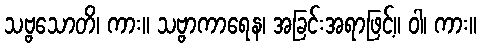
သဗ္ဗသောတိ၊ ကား။ သဗ္ဗာကာရေန၊ အခြင်းအရာဖြင့်။ ဝါ၊ ကား။